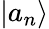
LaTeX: \left|a_{n}\right\rangle